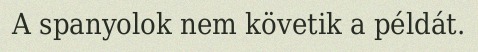
A spanyolok nem követik a példát.